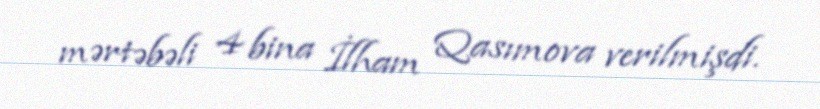
mərtəbəli 4 bina İlham Qasımova verilmişdi.